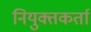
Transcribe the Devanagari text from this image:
नियुक्तकर्ता